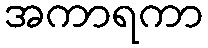
အကာရကာ